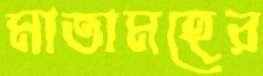
মাতামহের